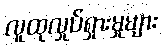
လူထုလှုပ်ရှားမှုများ